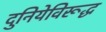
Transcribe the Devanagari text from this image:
दुनियेविरूद्ध